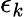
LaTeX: \epsilon_{k}